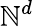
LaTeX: \mathbb{N}^{d}